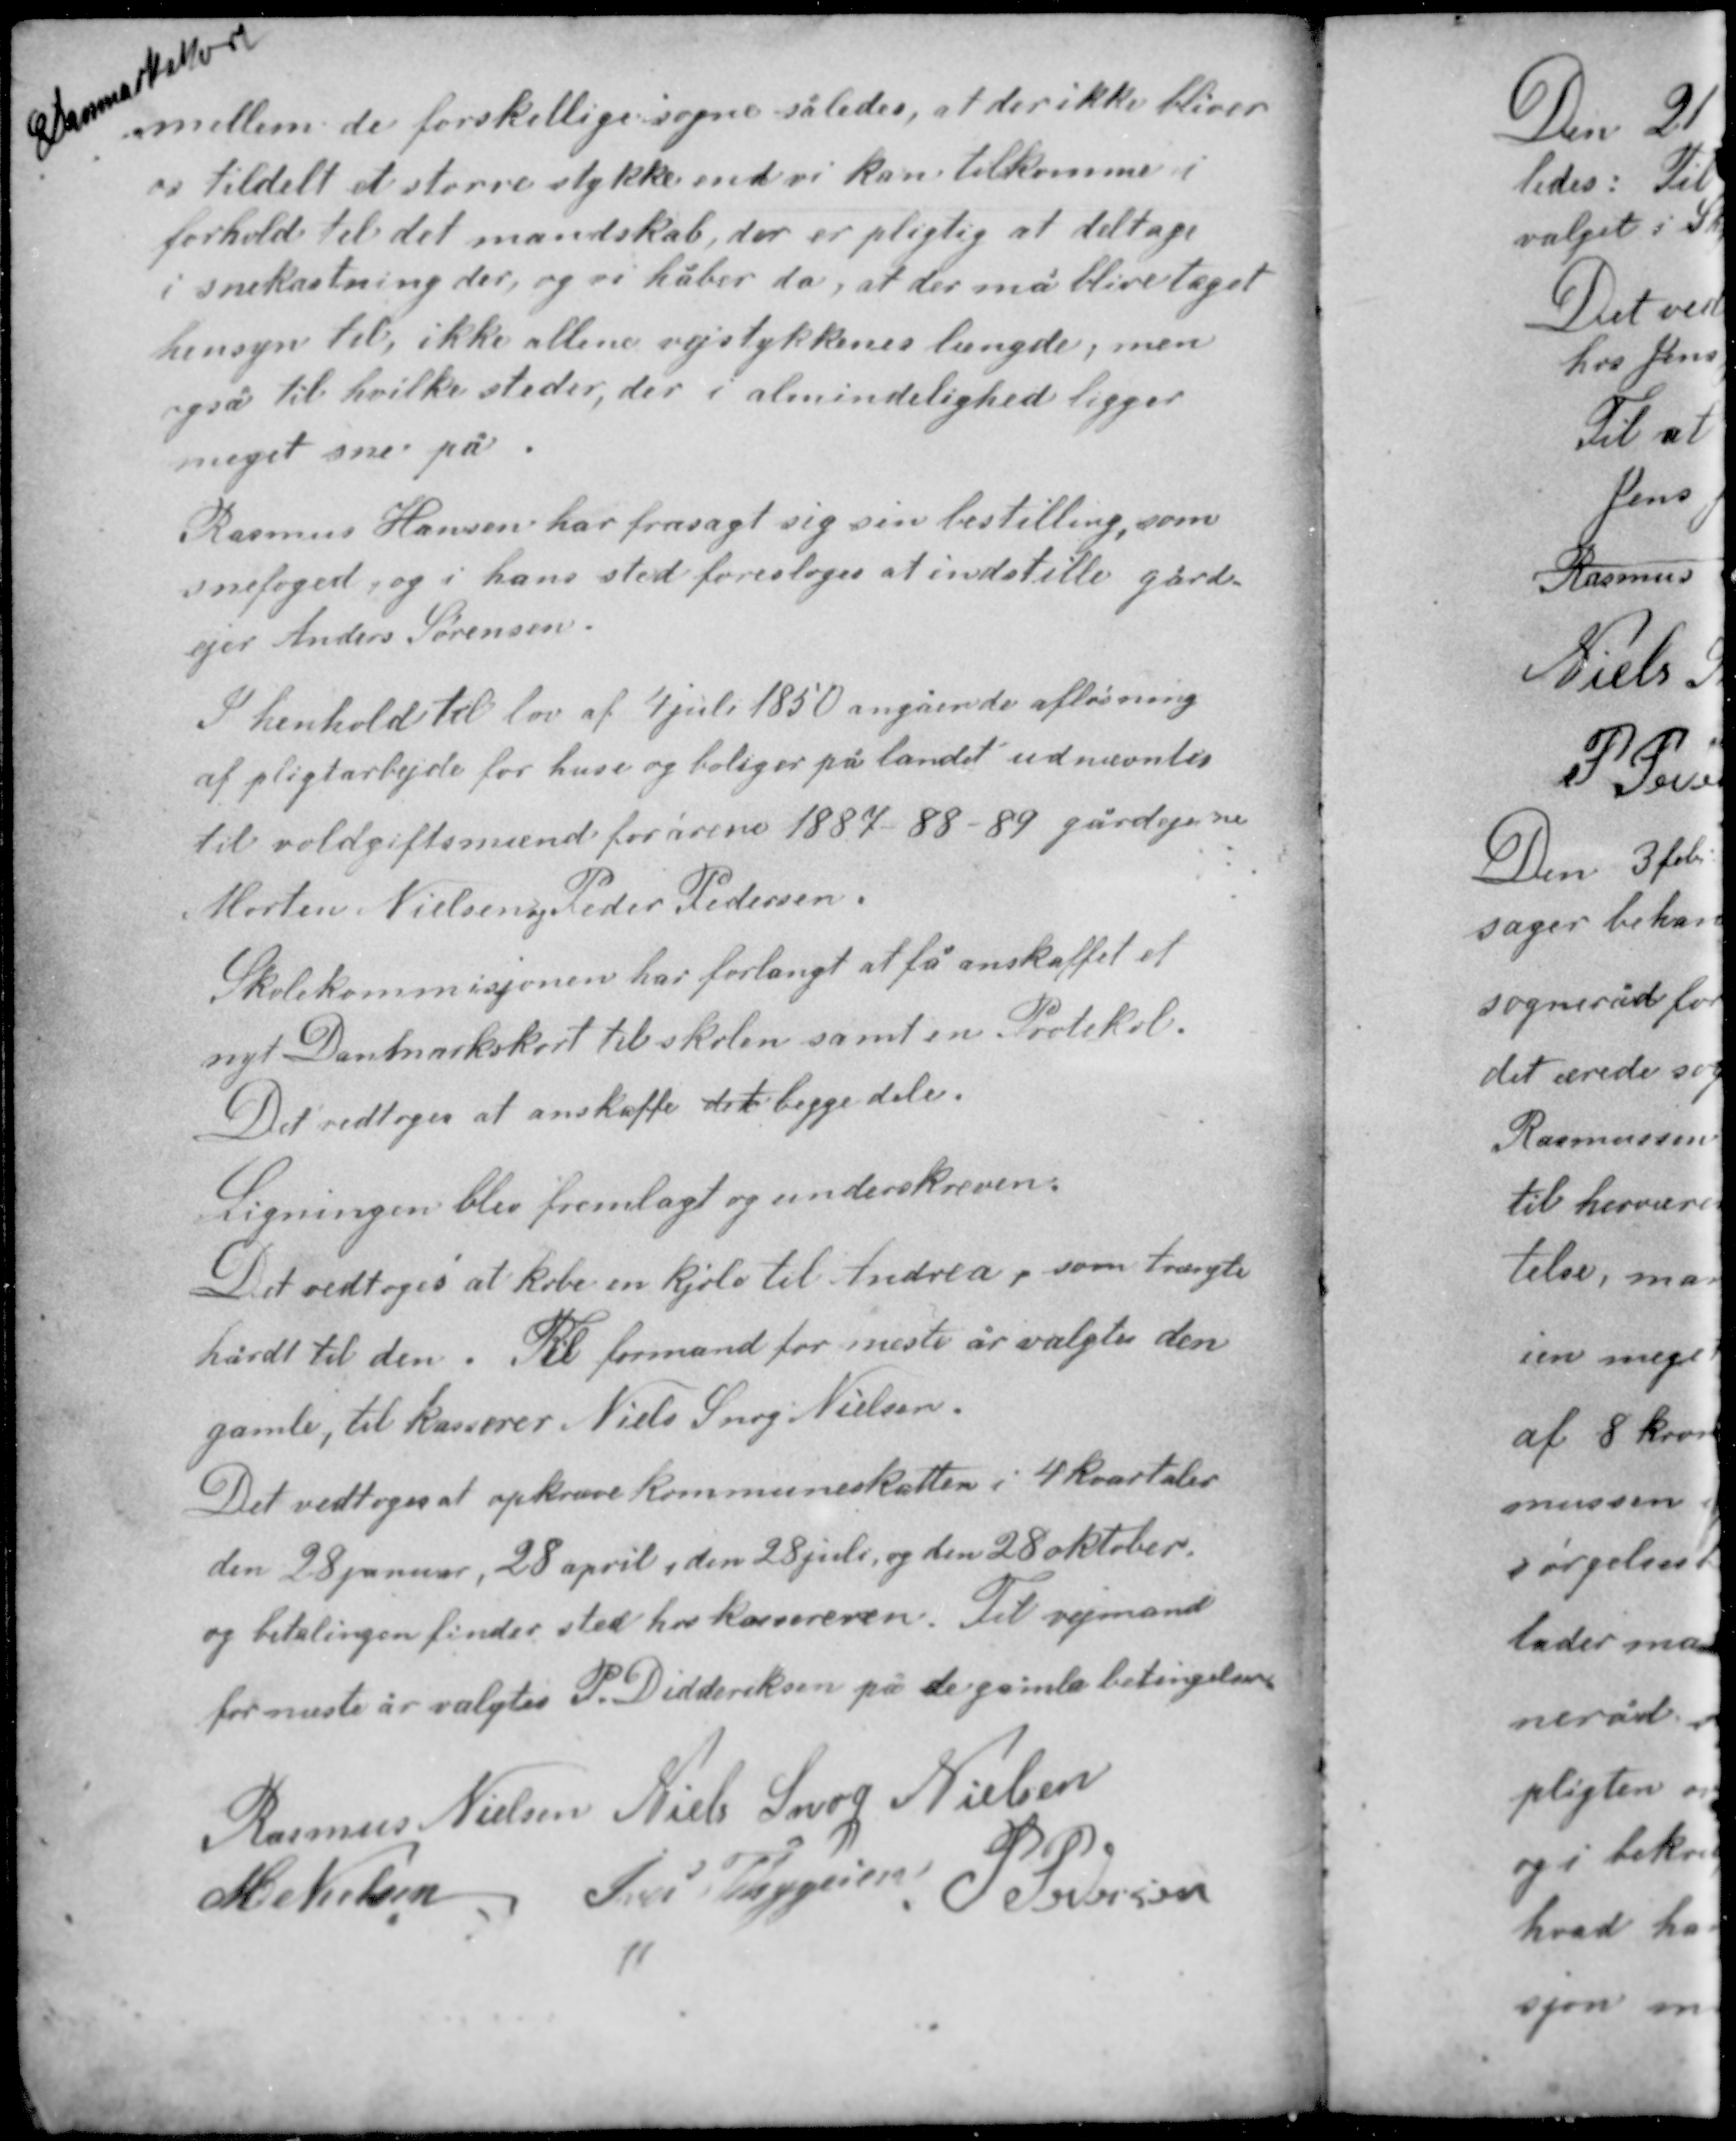
Transskription:
Danmarkskort

mellem de forskellige sogne således, at der ikke bliver
os tildelt et større stykke end vi kan tilkomme i
forhold til det mandskab, der er pligtig at deltage
i snekastning der, og vi håber da, at der må blive taget
hensyn til, ikke allene vejstykkenes længde, men
også til hvilke steder, der i almindelighed ligger
meget sne på.

Rasmus Hansen har frasagt sig sin bestilling, som
snefoged, og i hans sted foresloges at indstille gård-
ejer Anders Sørensen.

I henhold til lov af 4 juli 1850 angående afløsning
af pligtarbejde for huse og boliger på landet udnævntes
til voldgiftsmænd for årene 1887-88-89 gårdejerne
Morten Nielsen og Peder Pedersen.

Skolekommisjonen har forlangt at få anskaffet et
nyt Danmarkskort til skolen samt en Protekol.
Det vedtoges at anskaffe det begge dele

Ligningen blev fremlagt og underskreven.
Det vedtoges at købe en kjole til Andrea, som trængte
hårdt til den. Til formand for næste år valgtes den
gamle, til kasserer Niels Snog Nielsen.

Det vedtoges at opkræve kommuneskatten i 4 kvartaler
den 28 januar, 28 april, den 28 juli og den 28 oktober,
og betalingen finder sted hos kassereren. Til vejmand
for næste år valgtes P. Didderiksen på de gamle betingelser.

Rasmus Nielsen Niels Snog Nielsen
Iver Thygesen
P. Pedersen
M. Nielsen